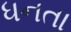
ધનતા